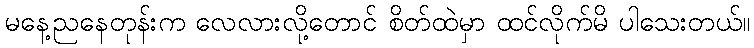
မနေ့ညနေတုန်းက လေလားလို့တောင် စိတ်ထဲမှာ ထင်လိုက်မိ ပါသေးတယ်။